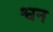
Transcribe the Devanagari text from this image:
श्वन